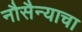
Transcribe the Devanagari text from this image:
नौसैन्याचा